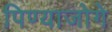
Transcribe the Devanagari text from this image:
पिण्याजोगे